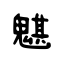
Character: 魌